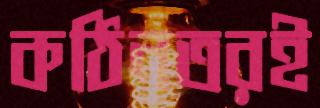
কঠিনতরই